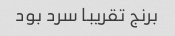
برنج تقریبا سرد بود